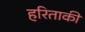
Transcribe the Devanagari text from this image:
हरिताकी